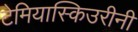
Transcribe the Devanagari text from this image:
टेमियास्किउरीनी